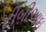
ટીબીઆઇ